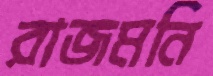
রাজমনি